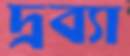
দ্রব্যা